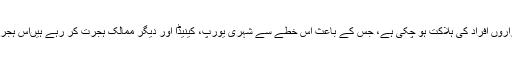
واضح رہے کہ عراق اور شام میں داعش اور اتحادی فورسز کے درمیان جنگ سے ہزاروں افراد کی ہلاکت ہو چکی ہے، جس کے باعث اس خطے سے شہری یورپ، کینیڈا اور دیگر ممالک ہجرت کر رہے ہیںاس ہجرت کے باعث کئی دفعہ ان کی کشتیاں بھی سمندر برد ہوئیں اور پناہ گزین ہلاک ہوئے۔